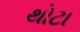
થોટા